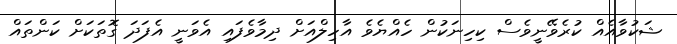
ޝަކުވާއެއް ކުރެވޭނީވެސް ކިހިނަކުން ހެއްޔެވެ އާހިލްއަށް ދިމާވެފައި އެވަނީ އެފަދަ ގޮތަކަށް ކަންތައް